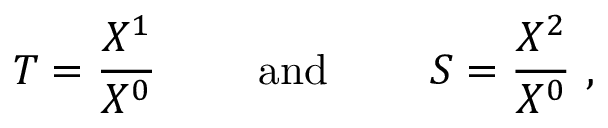
T = \frac { X ^ { 1 } } { X ^ { 0 } } \qquad \mathrm { ~ a n d ~ } \qquad S = \frac { X ^ { 2 } } { X ^ { 0 } } \ ,